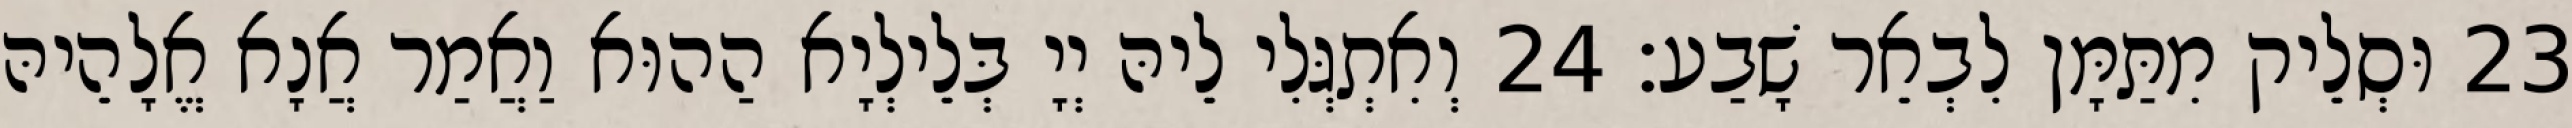
23 וּסְלֵיק מִתַּמָּן לִבְאֵר שָׁבַע׃ 24 וְאִתְגְּלִי לֵיהּ יְיָ בְּלֵילְיָא הַהוּא וַאֲמַר אֲנָא אֱלָהֵיהּ